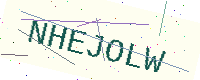
Text: NHEJOLW